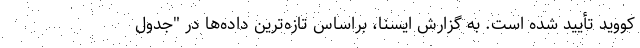
کووید تأیید شده است. به گزارش ایسنا، براساس تازه‌ترین داده‌ها در "جدول